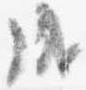
成